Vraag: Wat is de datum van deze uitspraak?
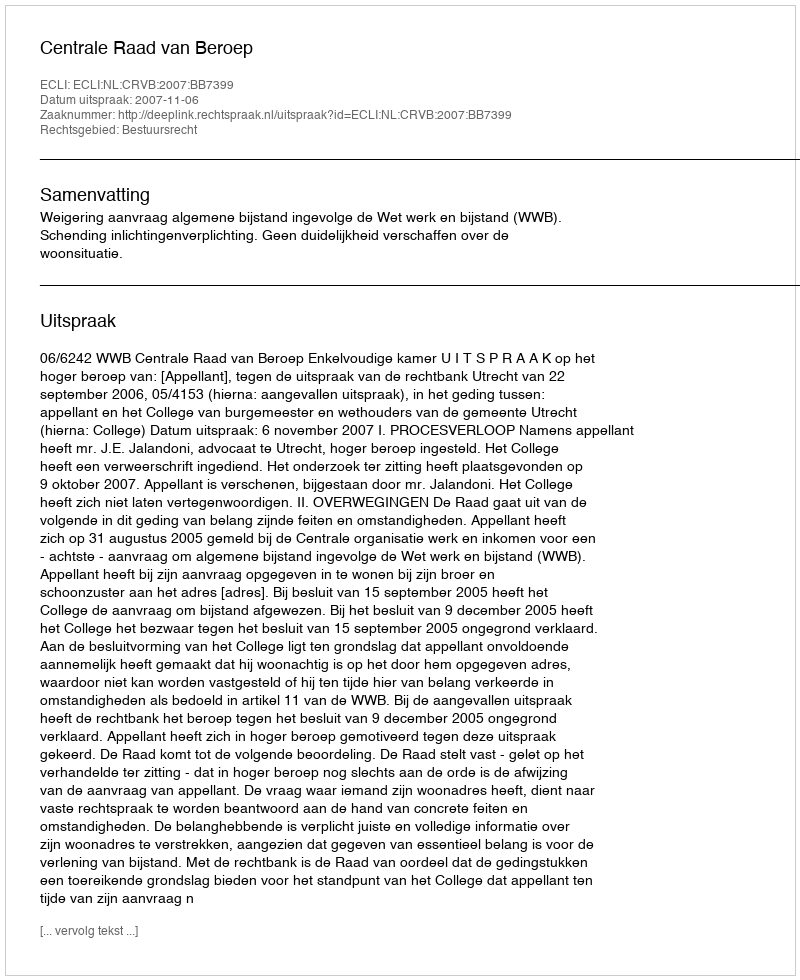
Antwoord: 2007-11-06